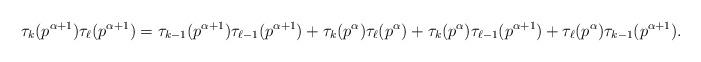
LaTeX: \begin{align*} \tau_k(p^{\alpha+1}) \tau_{\ell}(p^{\alpha+1})= \tau_{k-1}(p^{\alpha+1}) \tau_{\ell-1}(p^{\alpha+1})+ \tau_k(p^{\alpha}) \tau_{\ell}(p^{\alpha}) +\tau_k(p^{\alpha}) \tau_{\ell-1}(p^{\alpha+1})+\tau_{\ell}(p^{\alpha}) \tau_{k-1}(p^{\alpha+1}).\end{align*}